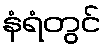
နံရံတွင်